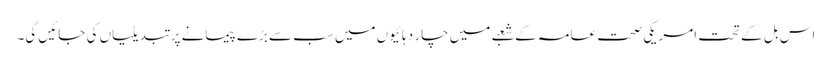
اس بل کے تحت امریکی صحت عامہ کے شعبے میں چار دہائیوں میں سب سے بڑے پیمانے پر تبدیلیاں کی جائیں گی۔